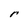
Character: r